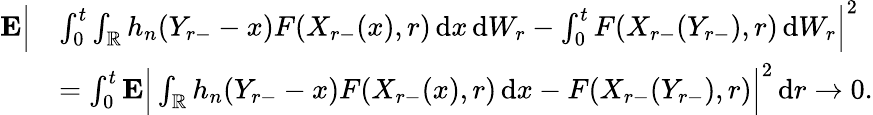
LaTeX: \begin{array}{rl}{\mathbf{E}\Big|}&{\int_{0}^{t}\int_{\mathbb{R}}h_{n}(Y_{r-}-x)F(X_{r-}(x),r)\, \mathrm{d}x\, \mathrm{d}W_{r}-\int_{0}^{t}F(X_{r-}(Y_{r-}),r)\, \mathrm{d}W_{r}\Big|^{2}}\\ &{=\int_{0}^{t}\mathbf{E}\Big|\int_{\mathbb{R}}h_{n}(Y_{r-}-x)F(X_{r-}(x),r)\, \mathrm{d}x-F(X_{r-}(Y_{r-}),r)\Big|^{2}\, \mathrm{d}r\to 0.}\end{array}